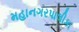
મહાનગરપાલીકા